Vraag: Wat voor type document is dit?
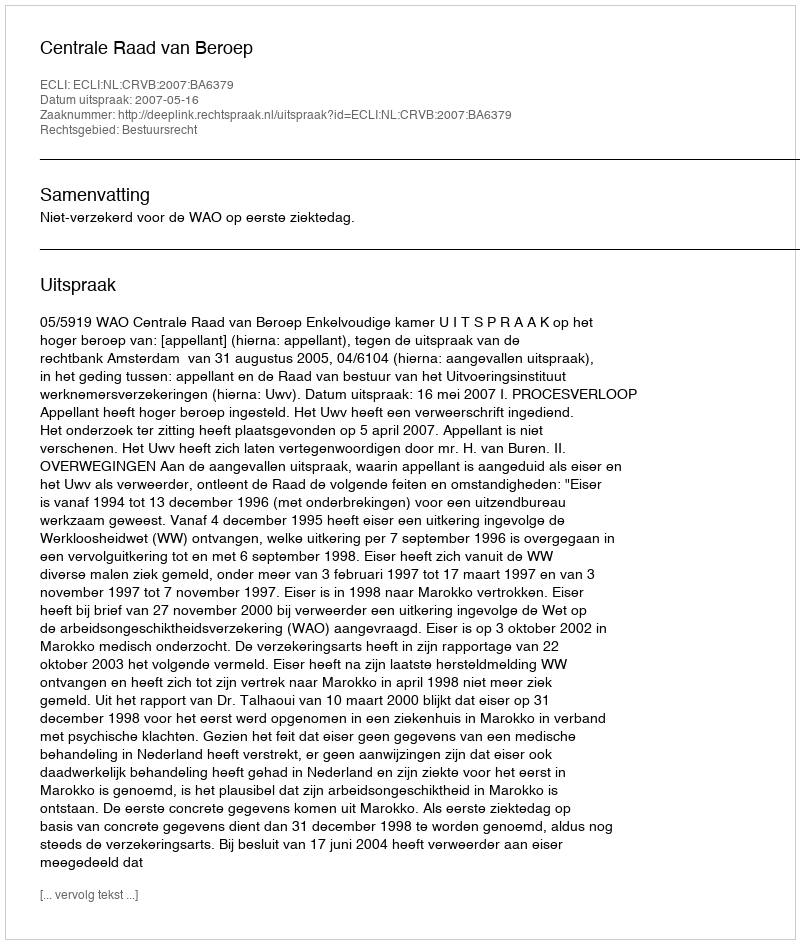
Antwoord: Uitspraak